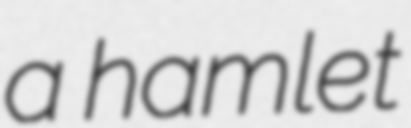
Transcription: a hamlet